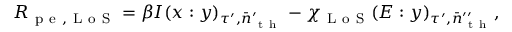
R _ { \mathrm { ~ p ~ e ~ , ~ L ~ o ~ S ~ } } = \beta I ( x : y ) _ { \tau ^ { \prime } , \bar { n } _ { \mathrm { ~ t ~ h ~ } } ^ { \prime } } - \chi _ { \mathrm { ~ L ~ o ~ S ~ } } ( E : y ) _ { \tau ^ { \prime } , \bar { n } _ { \mathrm { ~ t ~ h ~ } } ^ { \prime \prime } } ,